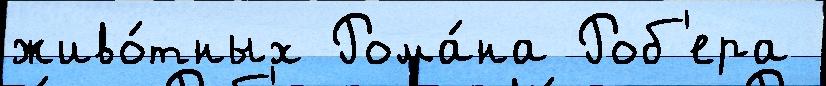
живо́тных Рома́на Роб'ера